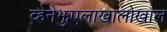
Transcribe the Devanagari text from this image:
व्हेनेझुएलाखालोखाल